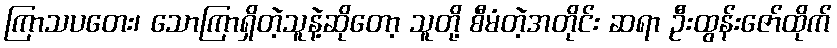
ကြာသပတေး၊ သောကြာရှိတဲ့သူနဲ့ဆိုတော့ သူတို့ စီမံတဲ့အတိုင်း ဆရာ ဦးထွန်းဇော်ထိုက်